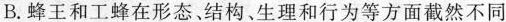
B. 蜂王和工蜂在形态、结构、生理和行为等方面截然不同